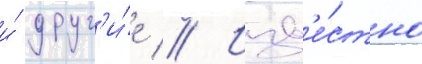
и́ друг'и́е // Изв'е́стно